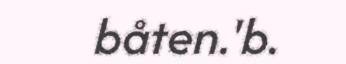
båten.'b.